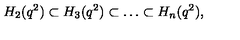
H _ { 2 } ( q ^ { 2 } ) \subset H _ { 3 } ( q ^ { 2 } ) \subset \ldots \subset H _ { n } ( q ^ { 2 } ) ,